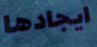
ايجادها